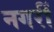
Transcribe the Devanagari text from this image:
नगरीं